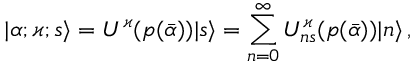
| \alpha ; \varkappa ; s \rangle = U ^ { \varkappa } ( p ( \bar { \alpha } ) ) | s \rangle = \sum _ { n = 0 } ^ { \infty } U _ { n s } ^ { \varkappa } ( p ( \bar { \alpha } ) ) | n \rangle \, ,